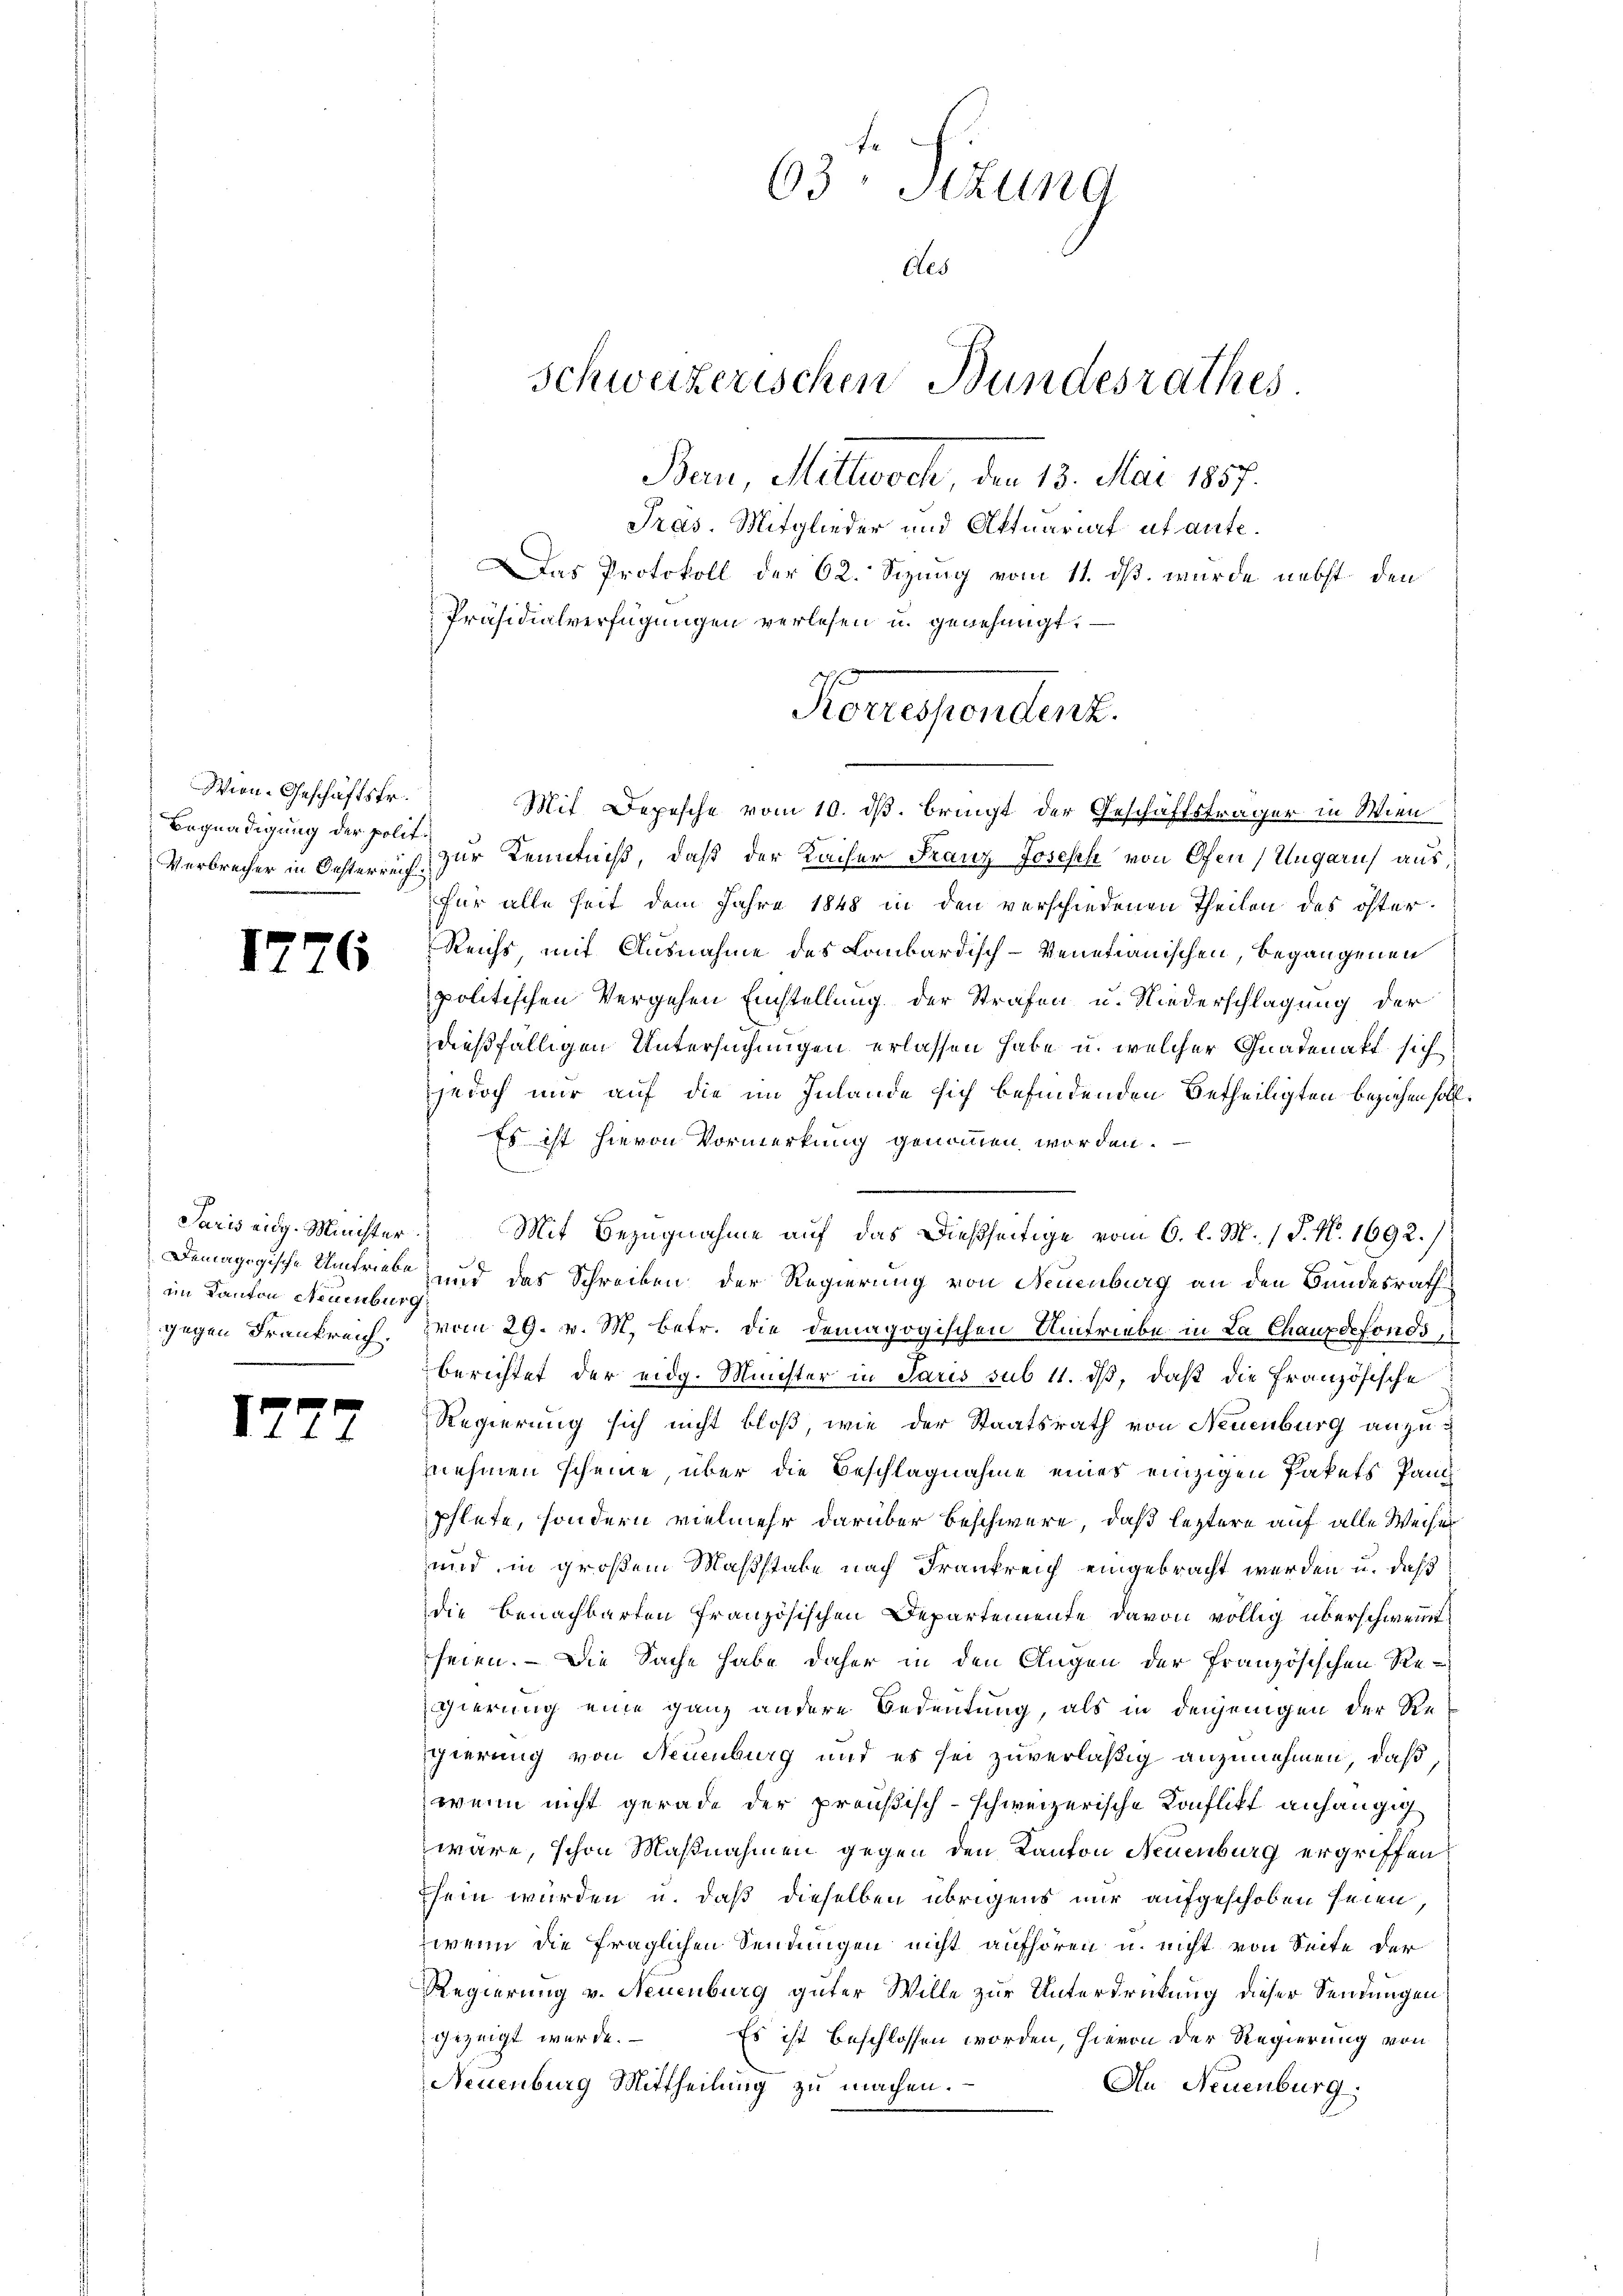
Wien-Geschäftsfr.
Begnadigung der polit.

17.

Paris eidg. Minister
ein Kanton Neuenburg
e

1.

7

6

63 Sekung
Als
Schweizerischen Bundesrathes.
Ban, Mittwoch, den 13. Mai 1857.
Pras. Mitglieder und Aktuariat abante.
Das Protokoll der 62. Sizung vom 11. ds. wurde nebst den
Präsidialverfügungen verlesen u. genehmigt.

Mit Depesche vom 10. ds. bringt der Geschäftsträger in Wien
Verbrecher in Oesterrich zur Kenntniß, daß der Kaiser Franz Joseph von Ofen, Ungarns aus,
für alle seit dem Jahre 1848 in den verschiedenen Theilen des öfter
Reichs, mit Ausnahme des Lombardisch-Venetianischen, begangenen
politischen Vergehen Einstellung der Strafen u. Niederschlagung der
dießfälligen Untersuchungen erlassen habe u. welcher Gnadenakt sich
jedoch nur auf die im Inlande sich befindenden Betheiligten beziehen soll
Es ist hievon Vormerkung genommen worden.
n
Mit Bezugnahme auf das dießseitige vom 6. l. M. / P. Nr. 1692.)
Demagogische Umtriebe und das Schreiben der Regierung von Neuenburg an den Bundesrath
gegen Frankreich, vom 29. v. M. betr. die demagogischen Umtriebe in La Chauxdefondo,
berichtet der eidg. Minister in Paris sub 11. dβ, daß die Französische
Regierung sich nicht bloß, wie der Staatsrath von Neuenburg anzunehmen scheine, über die Beschlagnahme eines einzigen Pakets Pand
phlete, sondern vielmehr darüber beschwere, daß letztere auf alle Weiser
und in großem Maßstabe nach Frankreich eingebracht werden u. daß
die Benachbarten französischen Departemente davon völlig überschwei
seien. — Die Sache habe daher in den Augen der französischen Regierung eine ganz andere Bedeutung, als in denjenigen der Regierung von Neuenburg und es sei zuverläßig anzunehmen, daß
wenn nicht gerade der preußisch-schweizerische Konflikt anhängig
wäre, schon Maßnahmen gegen den Kanton Neuenburg ergriffen
sein würden u. daß dieselben übrigens nur aufgeschoben seien
wenn die fraglichen Sendungen nicht aufhören u. nicht von Seite der
Regierung v. Neuenburg güter Wille zur Unterdrückung dieser Sendungen
gezeigt wurde.
Es ist beschlossen worden, hievon der Regierung von
Neuenburg Mittheilung zu machen.
An Neuenburg.

Forrespendent.